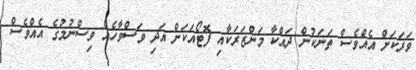
ވަރަކަށް އެއްވެސް ތަނަކުން ދައްކާ މަންޒަރަކާއި ފޮޓޯއަކަށް އަދި ވަސްވާހެއް ވިސްނުމުގެ އެއްވެސް